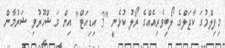
މިފިލްމުގަ ކާޖަލްގެ ލޯބިވެރިއެއްގެ ރޯލު ކުޅެނީ "3 އިޑިއަޓް" އިން މަޝްހޫރުވި ޝަރުމާން